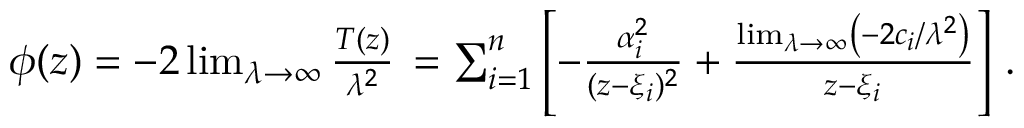
\begin{array} { r } { \phi ( z ) = - 2 \operatorname* { l i m } _ { \lambda \to \infty } { \frac { T ( z ) } { \lambda ^ { 2 } } } \, = \sum _ { i = 1 } ^ { n } \left[ - { \frac { \alpha _ { i } ^ { 2 } } { ( z - \xi _ { i } ) ^ { 2 } } } + { \frac { \operatorname* { l i m } _ { \lambda \to \infty } \left( - 2 c _ { i } / \lambda ^ { 2 } \right) } { z - \xi _ { i } } } \right] \, . } \end{array}